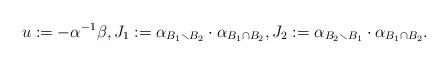
LaTeX: \begin{align*}u:= - \alpha^{-1} \beta, J_1:= \alpha_{B_1 \smallsetminus B_2} \cdot \alpha_{B_1 \cap B_2}, J_2:= \alpha _{B_2 \smallsetminus B_1} \cdot \alpha_{B_1 \cap B_2}.\end{align*}